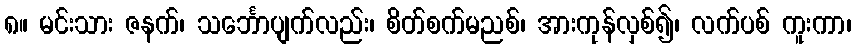
၈။ မင်းသား ဇနက်၊ သင်္ဘောပျက်လည်း၊ စိတ်စက်မညစ်၊ အားကုန်လှစ်၍၊ လက်ပစ် ကူးကာ၊